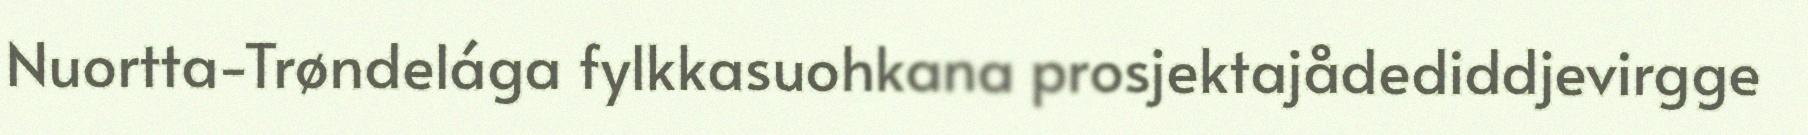
Nuortta-Trøndelága fylkkasuohkana prosjektajådediddjevirgge